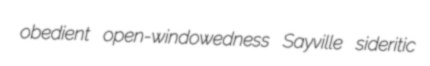
obedient open-windowedness Sayville sideritic